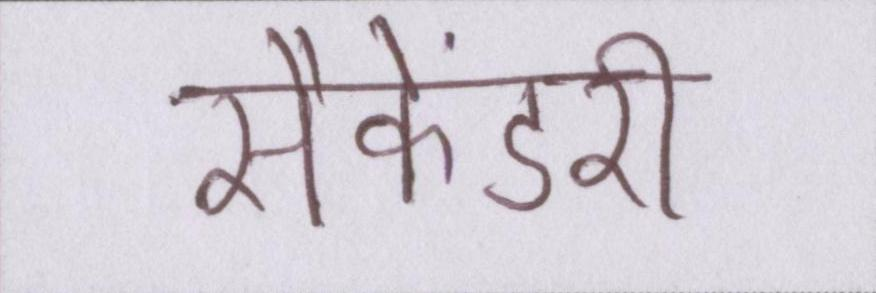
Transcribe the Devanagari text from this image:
सैकेंडरी